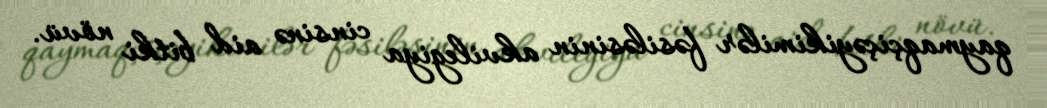
qaymaqçiçəyikimilər fəsiləsinin akvilegiya cinsinə aid bitki növü.